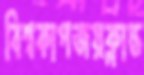
বিশ্বকাপজয়ক্লান্ত